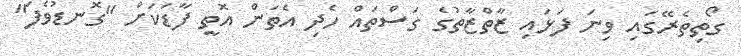
ގޯތިތެރޭގައި ވިނަ ފަޅައި ޒާތްޒާތުގެ ގަސްތައް ހެދި އެތަން އޮތީ ފާޑަކަށް "ގޮނޑުވެފަ"